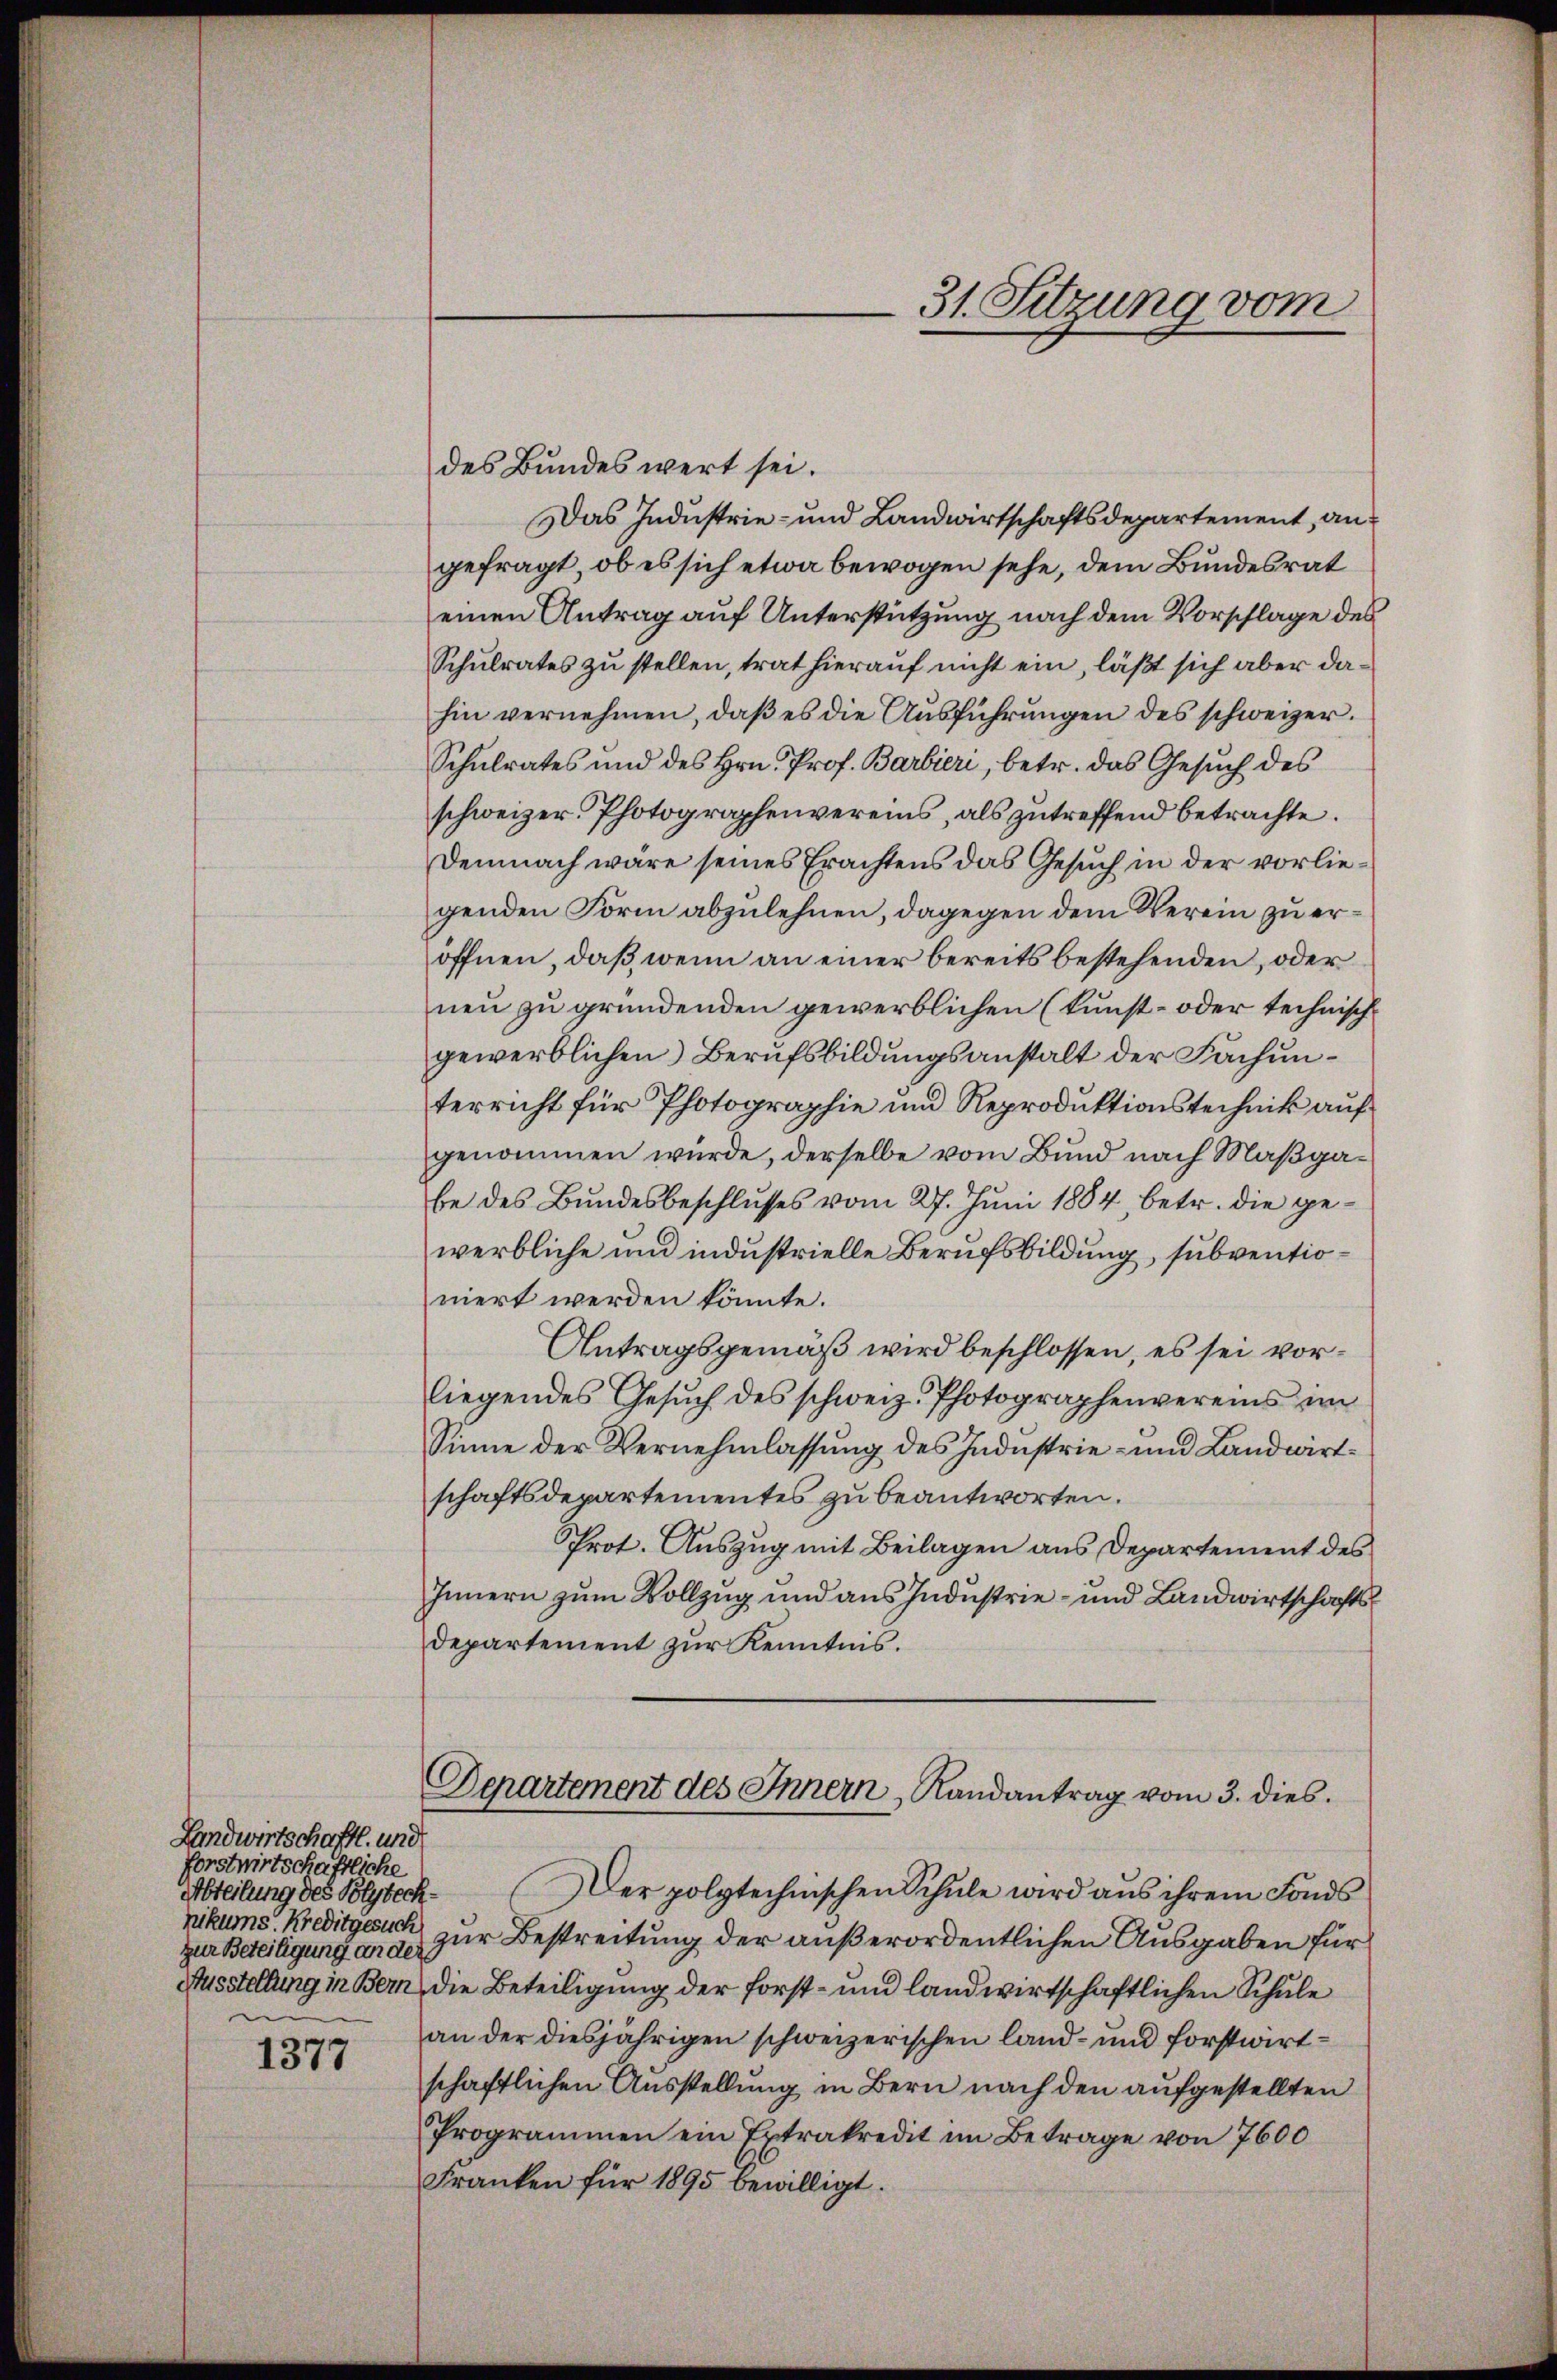
Landwirtschaftl. und
forstwirtschaftliche
Abteilung des Polytechnikums Kreditgesuch
u

1377

31. Sitzung vom

des Bundeswert sei.
Das Industrie- und Landwirtschaftsdepartement, angefragt, ob es sich etwa bewogen sehe, dem Bundesrat
einen Antrag auf Unterstützung nach dem Vorschlage des
Schulrates zu stellen, trat hierauf nicht ein, läßt sich aber dahin vernehmen, daß es die Ausführungen des schweizer.
Schulrates und des Hrn. Prof. Barbieri, betr. das Gesuch des
schweizer Photographenvereins, als zutreffend betrachte.
Demnach wäre seines Erachtens das Gesuch in der vorliegenden Form abzulehnen, dagegen dem Verein zu eröffnen, daß wenn an einer bereits bestehenden, oder
neu zu gründenden gewerblichen (Kunst- oder technischgewerblichen Berufsbildungsanstalt der Fachunterricht für Photographie und Reproduktionstechnik auf
genommen würde, derselbe vom Bund nach Maßgabe des Bundesbeschlusses vom 27. Juni 1884 betr. die gewerbliche und industrielle Berufsbildung, subventioniert werden könnte.
Antragsgemäß wird beschlossen, es sei vorliegendes Gesŭch des schweiz. Photographenvereins im
Sinne der Vernehmlassung des Industrie- und Landwirtschaftsdepartementes zu beantworten.
Prot. Auszug mit Beilagen aus Departement des
Innern zum Vollzug und aus Industrie- und Landwirtschafts¬
Departement zur Kenntnis.
Departement des Innern, Randantrag vom 3. dies
Der polytechnischen Schule wird aus ihrem Fonds
zur Beteiligung ande zur Bestreitung der außerordentlichen Ausgaben für
Ausstellung in Bern, die Beteiligung der Forst- und landwirtschaftlichen Schule
an der diesjährigen schweizerischen land- und forstwirtschaftlichen Ausstellung in Bern nach den aufgestellten
Programmen ein Extrakredit im Betrage von 7600
Franken für 1895 bewilligt.